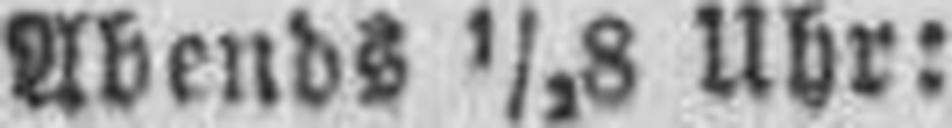
Abends ½8 Uhr: